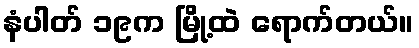
နံပါတ် ၁၉က မြို့ထဲ ရောက်တယ်။